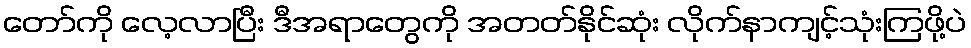
တော်ကို လေ့လာပြီး ဒီအရာတွေကို အတတ်နိုင်ဆုံး လိုက်နာကျင့်သုံးကြဖို့ပဲ